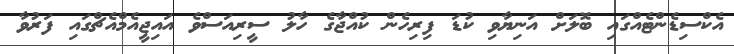
އެކްސިޑެންޓެއްގައި ބޮލަށް އަނިޔާވި ކުޑަ ފިިރިހެން ކުއްޖާގެ ހާލު ސީރިއަސްވެ އައިޖީއެމްއެޗްގައި ފަރުވާ